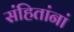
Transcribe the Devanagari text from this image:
संहितांनां